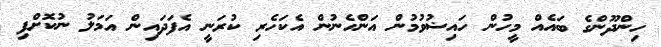
ހިންދޫންގެ ބައެއް މީހުން ހައިޟުވުމުން އަންހެނުން އެކަހެރި ކުރަނީ އެފަދައިން އަމަލު ނުކޮށްފި